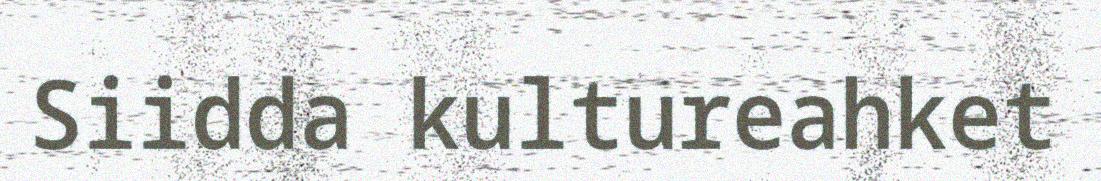
Siidda kultureahket